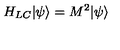
H _ { L C } | \psi \rangle = M ^ { 2 } | \psi \rangle